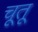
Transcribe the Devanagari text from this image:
चूतू